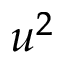
u ^ { 2 }